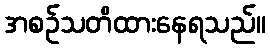
အစဉ်သတိထားနေရသည်။